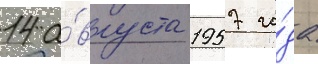
14 а́вгуста 1957 го́да